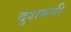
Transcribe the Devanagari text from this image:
दुशमनी